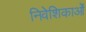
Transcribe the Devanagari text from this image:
निवेशिकाओं